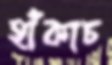
হাঁকাচ